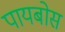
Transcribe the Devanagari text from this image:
पायबोस